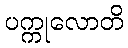
ပက္ကုလောတိ